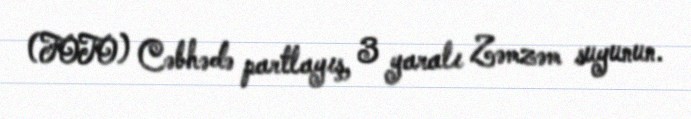
(FOTO) Cəbhədə partlayış, 3 yaralı Zəmzəm suyunun.